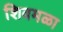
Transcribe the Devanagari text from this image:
शिवमळा